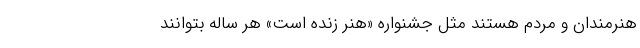
هنرمندان و مردم هستند مثل جشنواره «هنر زنده است» هر ساله بتوانند